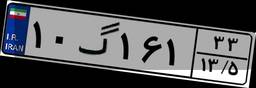
۲۰گ۱۷۰۲۹